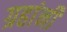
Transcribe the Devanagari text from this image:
ग्रहांनी